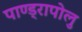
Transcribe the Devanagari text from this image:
पाण्ड्रापोलु